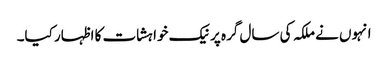
انہوں نے ملکہ کی سال گرہ پر نیک خواہشات کا اظہار کیا۔